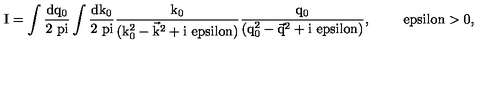
\mathrm { I = \int \frac { d q _ { 0 } } { 2 \ p i } \int \frac { d k _ { 0 } } { 2 \ p i } \frac { k _ { 0 } } { ( k _ { 0 } ^ { 2 } - \vec { k } ^ { 2 } + i \ e p s i l o n ) } \frac { q _ { 0 } } { ( q _ { 0 } ^ { 2 } - \vec { q } ^ { 2 } + i \ e p s i l o n ) } , \qquad \ e p s i l o n > 0 , }